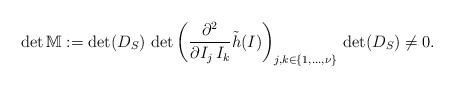
LaTeX: \begin{align*}\det\mathbb{M}:=\det (D_S)\,\det\left(\dfrac{\partial^2}{\partial I_j \,I_k} \tilde{h}(I)\right)_{j, k\in \{1, \dots, \nu\}} \,\det(D_S) \neq 0.\end{align*}